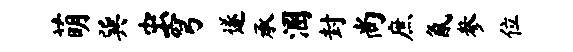
萌巽虫穹遂承溷封尚庶氤参位